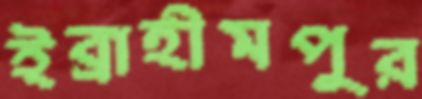
ইব্রাহীমপুর